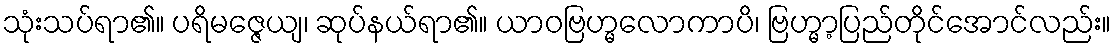
သုံးသပ်ရာ၏။ ပရိမဇ္ဇေယျ၊ ဆုပ်နယ်ရာ၏။ ယာဝဗြဟ္မလောကာပိ၊ ဗြဟ္မာ့ပြည်တိုင်အောင်လည်း။